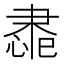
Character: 䏋